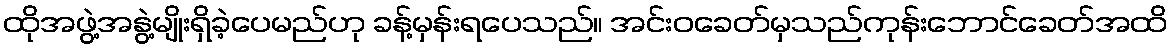
ထိုအဖွဲ့အနွဲ့မျိုးရှိခဲ့ပေမည်ဟု ခန့်မှန်းရပေသည်။ အင်းဝခေတ်မှသည်ကုန်းဘောင်ခေတ်အထိ